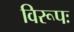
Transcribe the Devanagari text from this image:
विरूपः